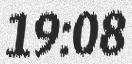
19:08